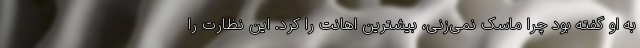
به او گفته بود چرا ماسک نمی‌زنی، بیشترین اهانت را کرد. این نظارت را